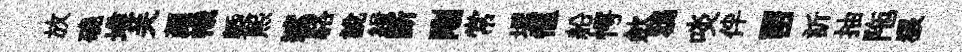
放磽堆关顔幟槩熙遮駱說緝断剛常墀愜船愕歛鴉啖伴㽞訢抽陁狼